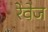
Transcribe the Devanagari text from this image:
रेवेज